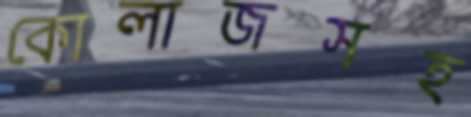
কোলাজসহ